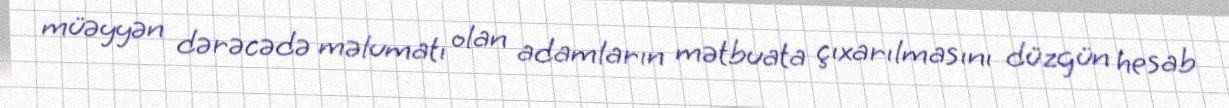
müəyyən dərəcədə məlumatı olan adamların mətbuata çıxarılmasını düzgün hesab